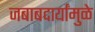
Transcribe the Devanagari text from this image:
जबाबदार्यांमुळे